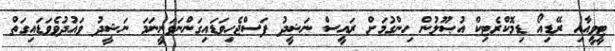
ޓީވީއާއި ރޭޑިއޯ ޑިމޮކްރެޓިކް އުޞޫލުން ހިންގުމަށް ރައީސް ނަޝީދު ފަސްޖެހިވަޑައިގަންނަވަނީނަމަ ނަޝީދު ވައުދުވެވަޑައިގަތް